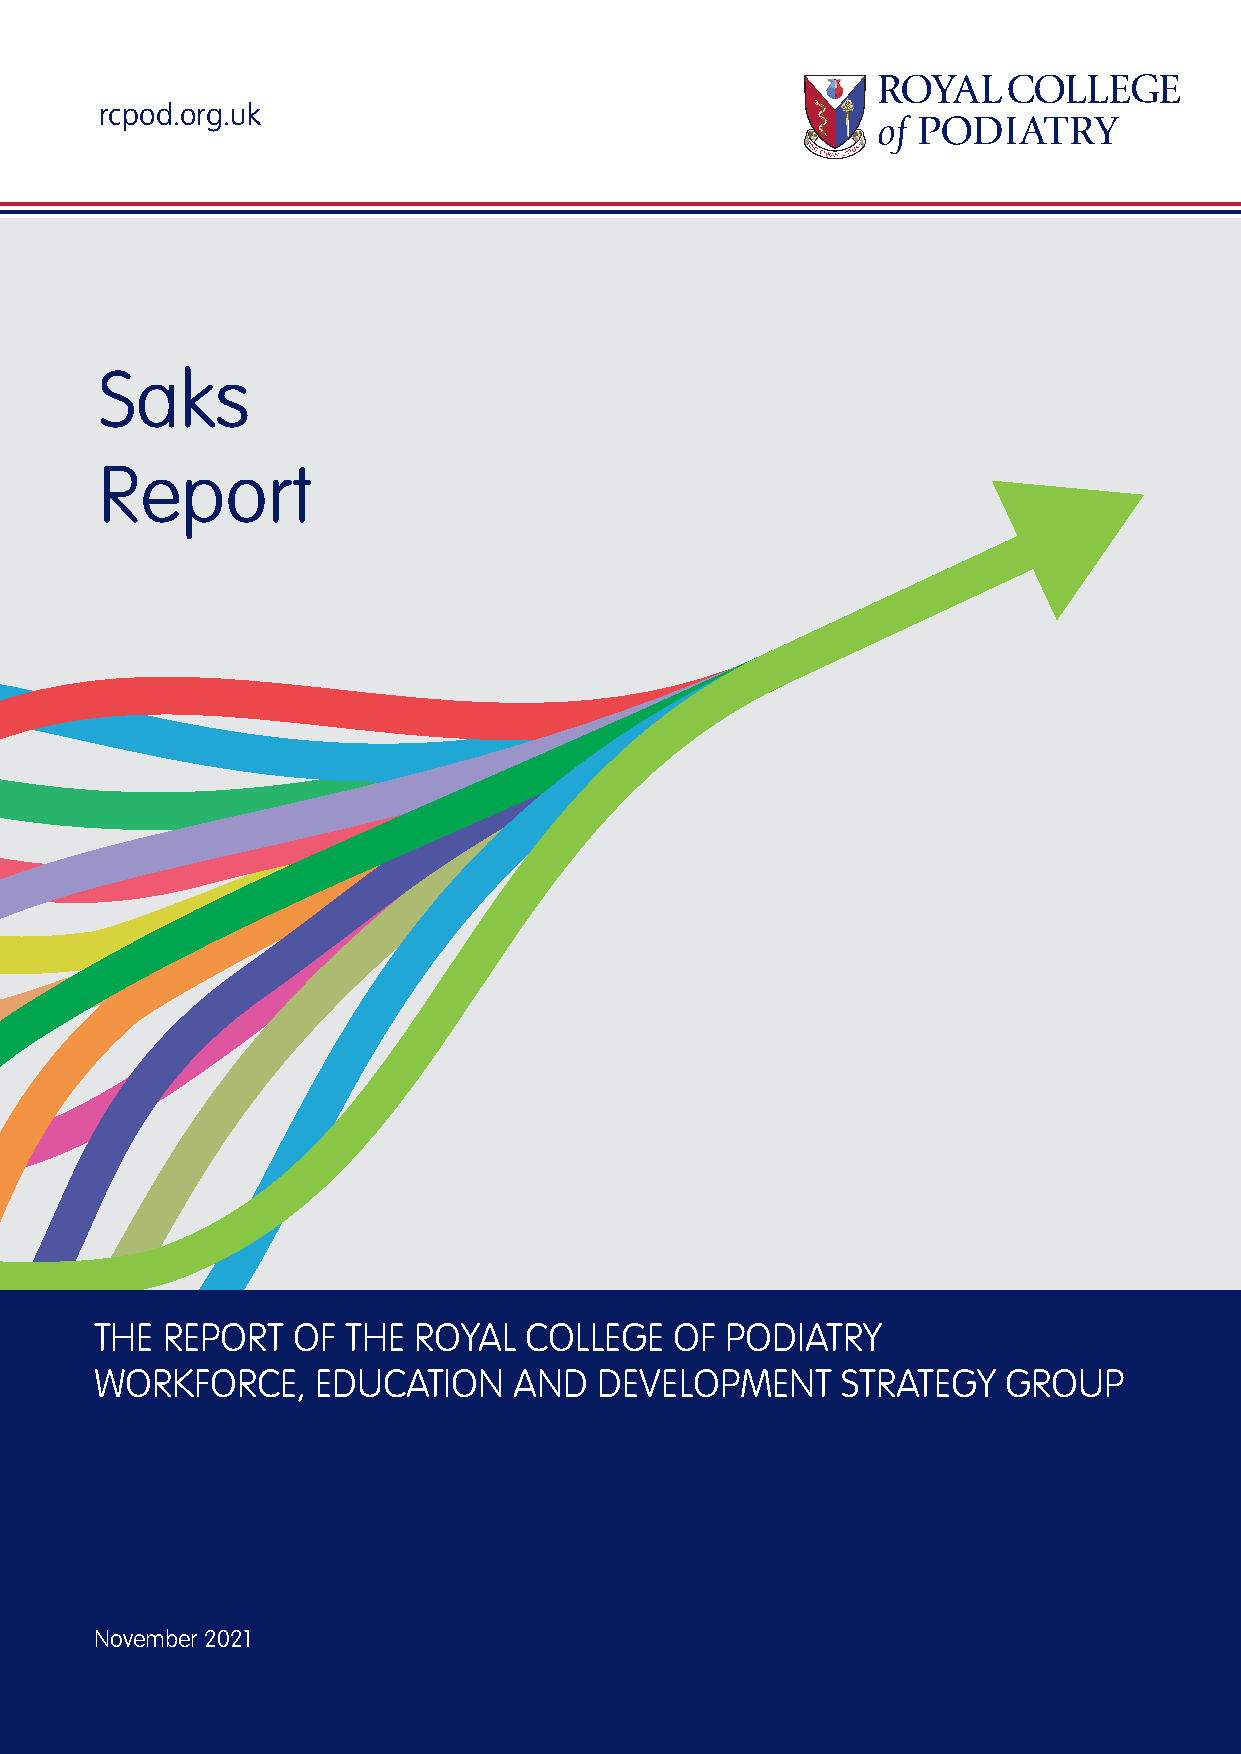
rcpod.org.uk
 Saks
 Report
 THE  REPORT  OF  THE ROYAL   COLLEGE   OF PODIATRY
 WORKFORCE,     EDUCATION    AND   DEVELOPMENT     STRATEGY   GROUP
 November 2021